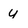
Character: y